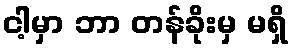
ငါ့မှာ ဘာ တန်ခိုးမှ မရှိ